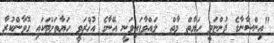
"އިންސާނާގެ ދުންޏަވީ ހަޔާތް މާތް  ލައްވާފައިވަނީ އޭނާގެ އުޚްރަވީ ހަޔާތަށްޓަކައި ގޮވާންކުރާ